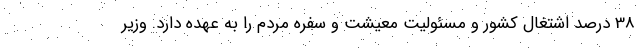
38 درصد اشتغال کشور و مسئولیت معیشت و سفره مردم را به عهده دارد. وزیر